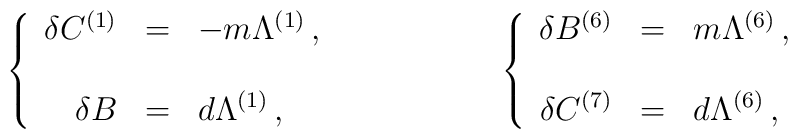
\left\{\begin{array}{rcl}\delta C^{(1)} & = & -m\Lambda^{(1)}\, ,\\& &  \\\delta B & = & d\Lambda^{(1)}\, ,\\\end{array}\right.\hspace{2cm}\left\{\begin{array}{rcl}\delta B^{(6)} & = & m\Lambda^{(6)}\, ,\\& & \\\delta C^{(7)} & = & d\Lambda^{(6)}\, ,\\ \end{array}\right.